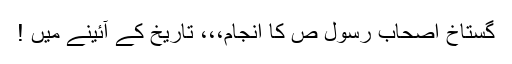
گستاخ اصحاب رسول ص کا انجام،،، تاریخ کے آئینے میں !